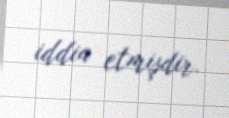
iddia etmişdir.